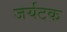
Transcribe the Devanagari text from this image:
जर्यटक